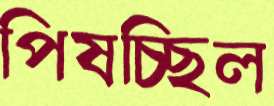
পিষচ্ছিল